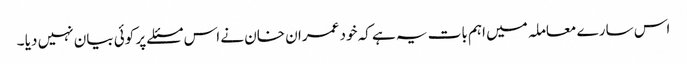
اس سارے معاملہ میں اہم بات یہ ہے کہ خود عمران خان نے اس مسئلے پر کوئی بیان نہیں دیا ۔